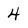
Character: 4